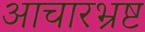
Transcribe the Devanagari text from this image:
आचारभ्रष्ट